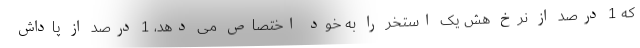
که 1 درصد از نرخ هش یک استخر را به خود اختصاص می دهد، 1 درصد از پاداش